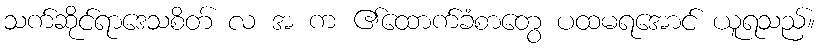
သက်ဆိုင်ရာဒေသစိတ် လ အ က ၏ထောက်ခံစာတွေ ပထမရအောင် ယူရသည်။